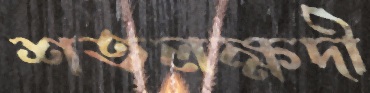
শতলক্ষদী